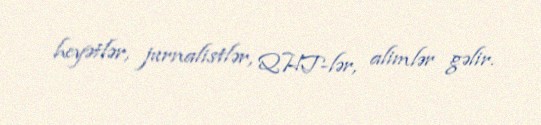
heyətlər, jurnalistlər, QHT-lər, alimlər gəlir.